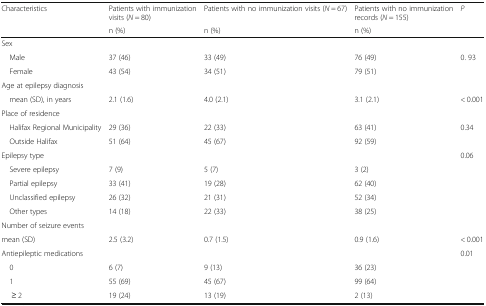
| Characteristics | Patients with immunization visits (N = 80) | Patients with no immunization visits (N = 67) | Patients with no immunization records (N = 155) | P |
 |  | n (%) | n (%) | n (%) |  |
 | --- | --- | --- | --- | --- |
 | <COLSPAN=5> Sex |
 | Male | 37 (46) | 33 (49) | 76 (49) | 0. 93 |
 | Female | 43 (54) | 34 (51) | 79 (51) |  |
 | <COLSPAN=5> Age at epilepsy diagnosis |
 | mean (SD), in years | 2.1 (1.6) | 4.0 (2.1) | 3.1 (2.1) | < 0.001 |
 | <COLSPAN=5> Place of residence |
 | Halifax Regional Municipality | 29 (36) | 22 (33) | 63 (41) | 0.34 |
 | Outside Halifax | 51 (64) | 45 (67) | 92 (59) |  |
 | <COLSPAN=4> Epilepsy type | 0.06 |
 | Severe epilepsy | 7 (9) | 5 (7) | 3 (2) |  |
 | Partial epilepsy | 33 (41) | 19 (28) | 62 (40) |  |
 | Unclassified epilepsy | 26 (32) | 21 (31) | 52 (34) |  |
 | Other types | 14 (18) | 22 (33) | 38 (25) |  |
 | <COLSPAN=5> Number of seizure events |
 | mean (SD) | 2.5 (3.2) | 0.7 (1.5) | 0.9 (1.6) | < 0.001 |
 | <COLSPAN=4> Antiepileptic medications | 0.01 |
 | 0 | 6 (7) | 9 (13) | 36 (23) |  |
 | 1 | 55 (69) | 45 (67) | 99 (64) |  |
 | ≥ 2 | 19 (24) | 13 (19) | 2 (13) |  |